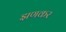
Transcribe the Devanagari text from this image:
झणकर